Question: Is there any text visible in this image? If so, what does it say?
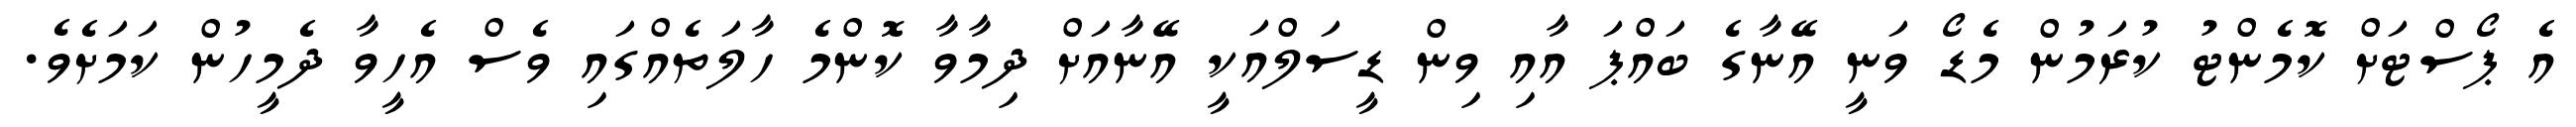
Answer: އެ ޕޯސްޓަށް ކޮމެންޓު ކުރަމުން މެޑޯ ވަނީ އޭނާގެ ބައްޕަ އާއި ވިން ޑީސަލްއަކީ އޭނާއަށް ދިމާވާ ކޮންމެ ހާލަތެއްގައި ވެސް އެހީވާ ދެމީހުން ކަމަށެވެ.